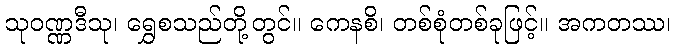
သုဝဏ္ဏဒီသု၊ ရွှေစသည်တို့တွင်။ ကေနစိ၊ တစ်စုံတစ်ခုဖြင့်။ အကတဿ၊